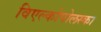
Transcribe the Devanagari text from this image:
विएल्कोपोलस्का